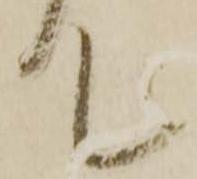
て